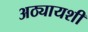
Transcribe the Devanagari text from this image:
अठ्यायशी